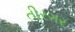
તીરગર